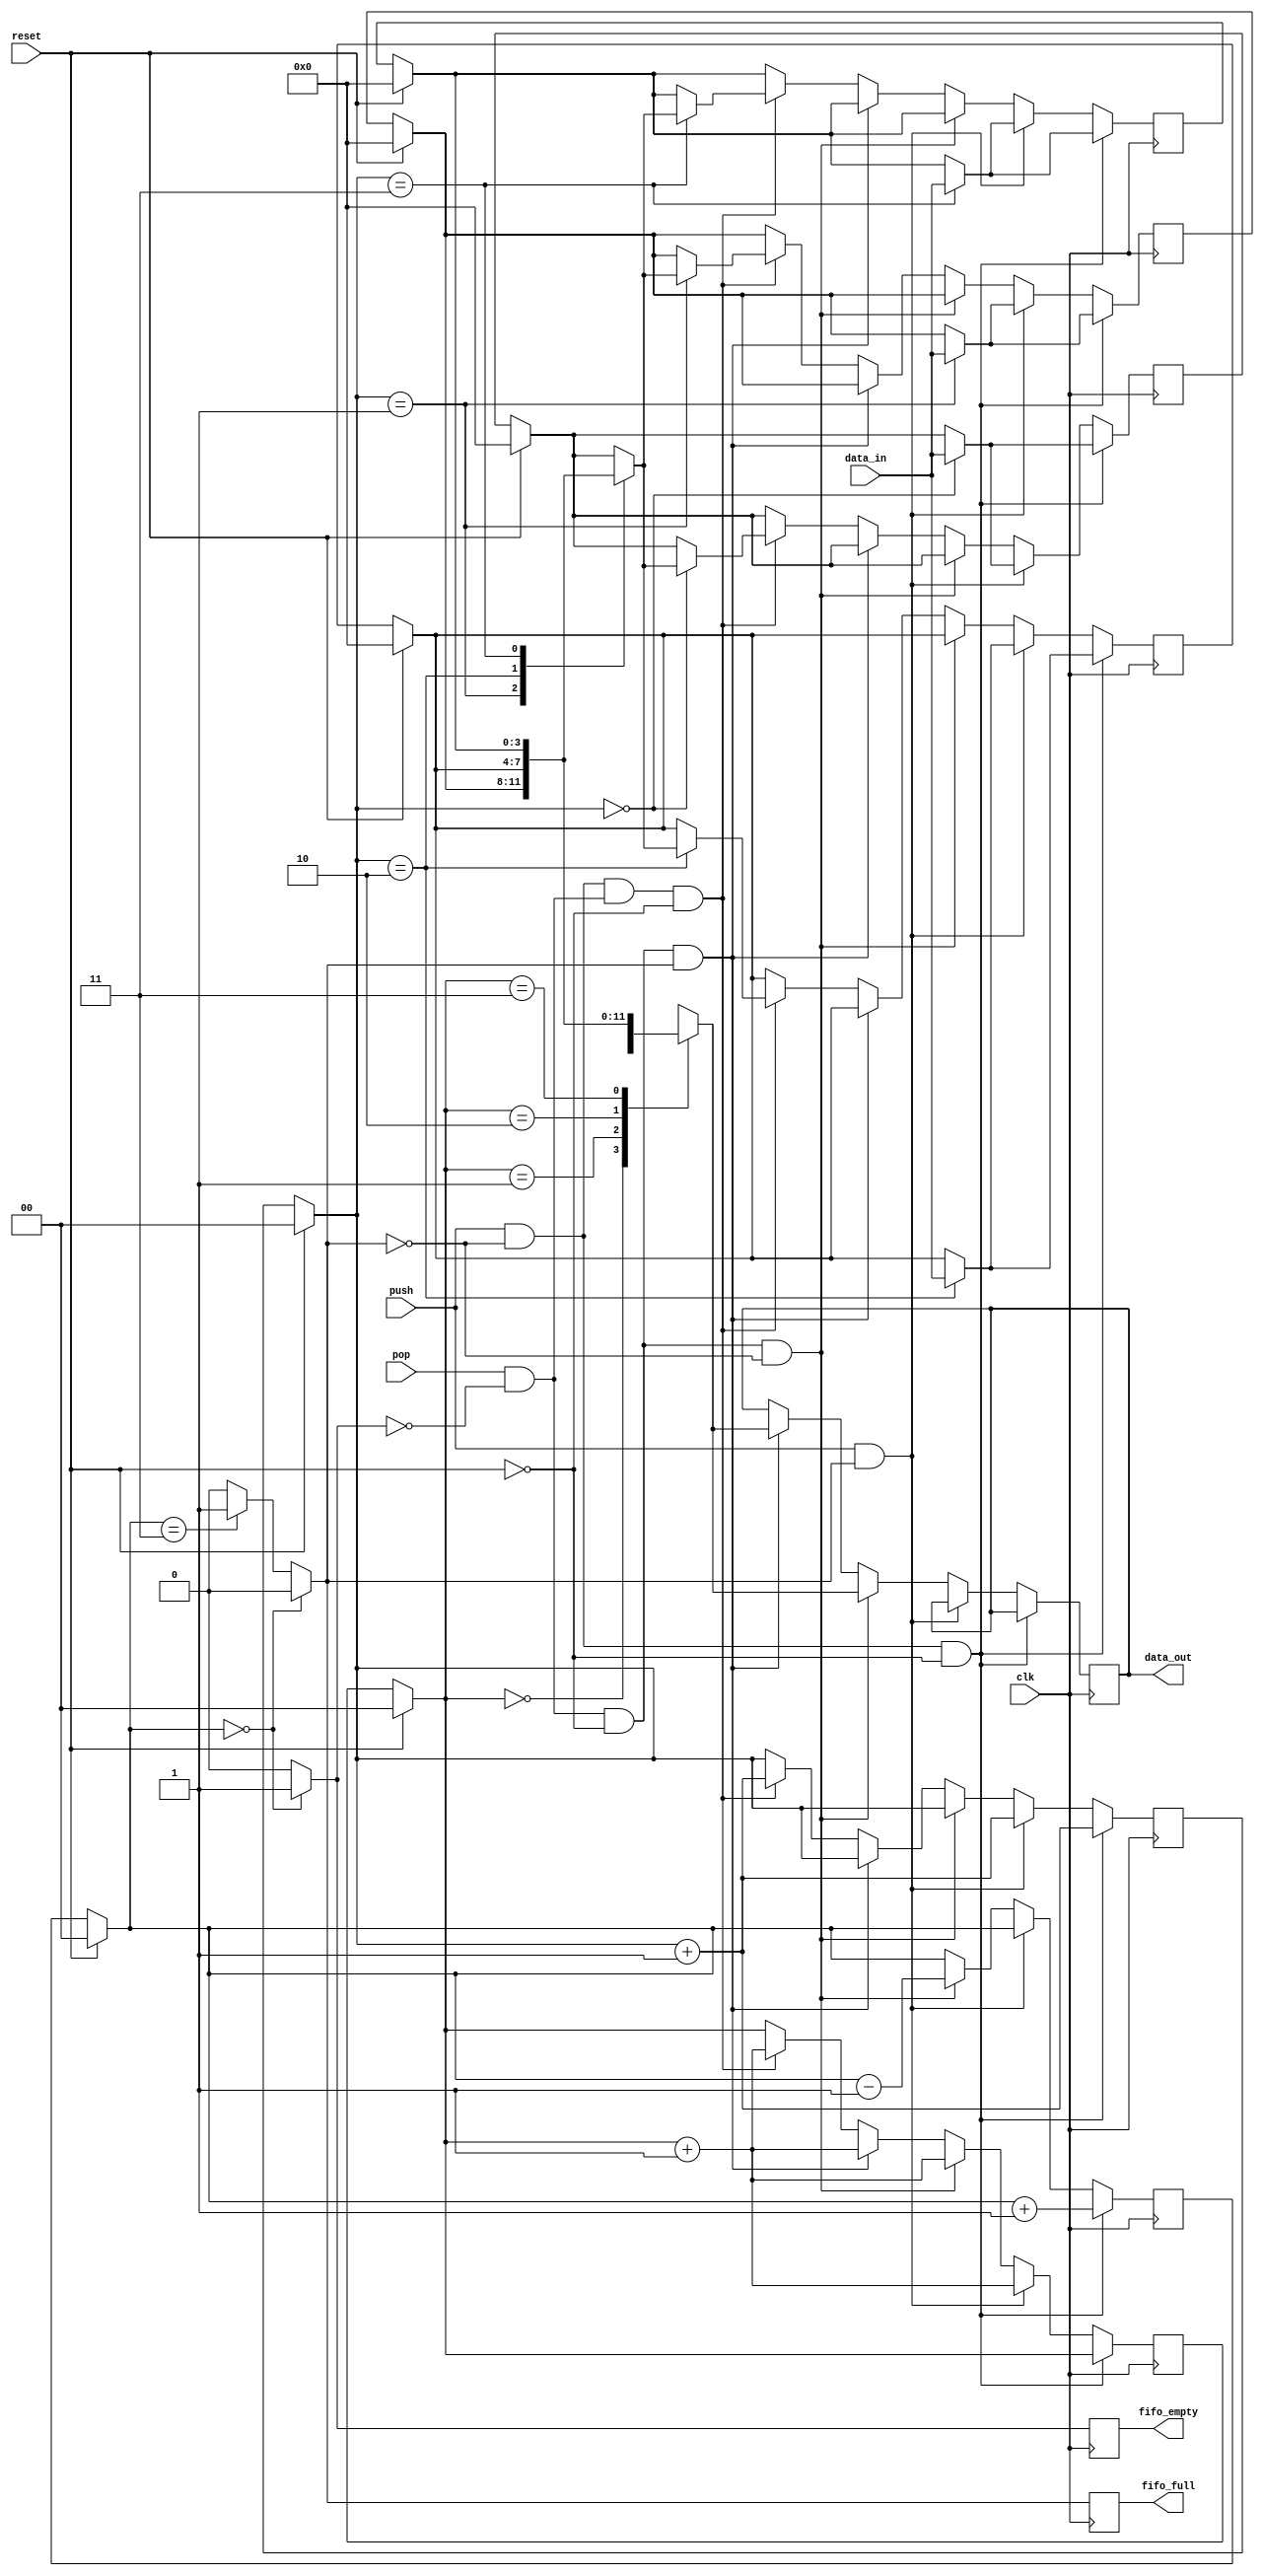
`timescale 1ns / 1ps
//////////////////////////////////////////////////////////////////////////////////
// Company: 
// Engineer: 
// 
// Design Name: 
// Module Name:    fifo1 
// Project Name: 
// Target Devices: 
// Tool versions: 
// Description: Synchronous Circular fifo buffer with depth 4 and width 4
//              It contains 3 outputs data_out,fifo_empty and fifo_full where
//              fifo_full tells whether the biuuffer has been filled atleast oncce 
//              or not.The constraint is that both the input and ouput run on same 
//              clock cycle.     
// Dependencies: 
//
// Revision: 
// Revision 0.01 - File Created
// Additional Comments: 
//
//////////////////////////////////////////////////////////////////////////////////
 module fifo(
       input clk,
		 input reset,
		 input[3:0] data_in,
		 input push,
		 input pop,
		 output reg[3:0] data_out,
       output reg fifo_empty,
       output reg fifo_full
       	 
    );
	 
reg[1:0] write_ptr;          //pointer pointing to write address of fifo
reg[1:0] read_ptr;           //pointer pointing to read address of fifo
reg [3:0] data_arr[3:0];     //memory array
reg[1:0] fifo_counter;       //maintains count to see if fifo has been full atleast once or not

always@(posedge clk)
begin
    
	 //initialize values
    if(reset)
	 begin
	 write_ptr=2'b00;
	 read_ptr=2'b00;
	 data_arr[0]=4'b0;
	 data_arr[1]=4'b0;
	 data_arr[2]=4'b0;
	 data_arr[3]=4'b0;
	 fifo_counter=2'b00;
	 end
	 
	 //find if fifo is empty or full
    if(fifo_counter==2'b00)
        begin
        fifo_empty=1;
        fifo_full=0; 
        end
    else if(fifo_counter==2'b11)
        begin
        fifo_full=1;
        fifo_empty=0;
        end
    else
    begin
        fifo_full=0;
        fifo_empty=0;
    end
    
	 //push into fifo if fifo is not full even once
    if(push & (!fifo_full) &(!reset))
    begin
	data_arr[write_ptr]<=data_in;
        write_ptr<=write_ptr+2'b01;
        fifo_counter<=fifo_counter+2'b01;
        read_ptr<=read_ptr;
	 end
    
	 //push into fifo after it has been filled atleast once
	 else if(push & (fifo_full))
	 begin
         data_arr[write_ptr]<=data_in;
	 write_ptr<=write_ptr+2'b01;
	 fifo_counter<=fifo_counter;
	 read_ptr<=read_ptr+2'b01;
	 end
	 
	 //pop from fifo if it has not been full even once
    else if(pop &(!fifo_empty) &(!reset) &(!fifo_full))
    begin
        data_out<=data_arr[read_ptr];
        read_ptr<=read_ptr+2'b01;
        fifo_counter<=fifo_counter-2'b01;
    end
    
	 //pop from fifo if it has been full atleast once
	 else if(pop &(!fifo_empty) &(!reset) &(fifo_full))
    begin
        data_out<=data_arr[read_ptr];
        read_ptr<=read_ptr+2'b01;
        fifo_counter<=fifo_counter;
    end
	 
	 //if push and pop signal arrive at the same time
    else if((push &(!fifo_full))&(pop &(!fifo_empty)) &(!reset))
    begin
        fifo_counter<=fifo_counter;
        write_ptr<=write_ptr+2'b01;
        read_ptr<=read_ptr+2'b01;
        data_arr[write_ptr]<=data_arr[write_ptr];
        data_out<=data_out;
    end
	 

end
endmodule